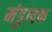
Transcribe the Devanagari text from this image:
मंडुलक